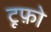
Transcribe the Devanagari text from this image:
टूफ़ो